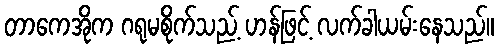
တာကေအိုက ဂရုမစိုက်သည့် ဟန်ဖြင့် လက်ခါယမ်းနေသည်။